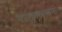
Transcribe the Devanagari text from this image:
राज्यकारभाराला